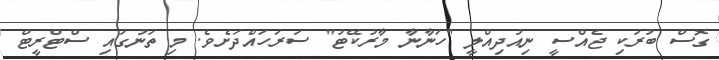
ގޮސް ބުރަކި ޖެއްސީ ނިއުދިއްލީ "ހަނާނާ މާރުކޭޓު" ސަރަހައްދަށެވެ. މި ތަނުގައި ސްޓްރީޓް